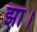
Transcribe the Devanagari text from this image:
झा।